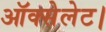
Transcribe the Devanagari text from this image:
ऑक्सेलेट।